画像に写った文字を読んでください
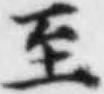
「至」と書いてあります